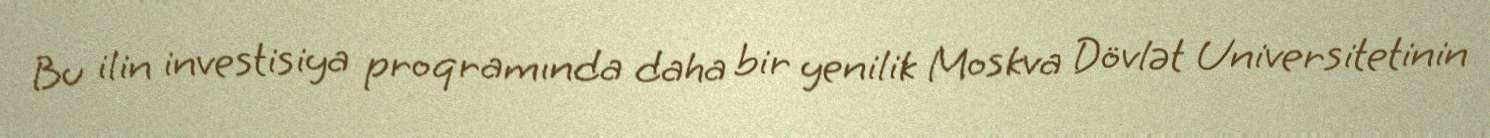
Bu ilin investisiya proqramında daha bir yenilik Moskva Dövlət Universitetinin